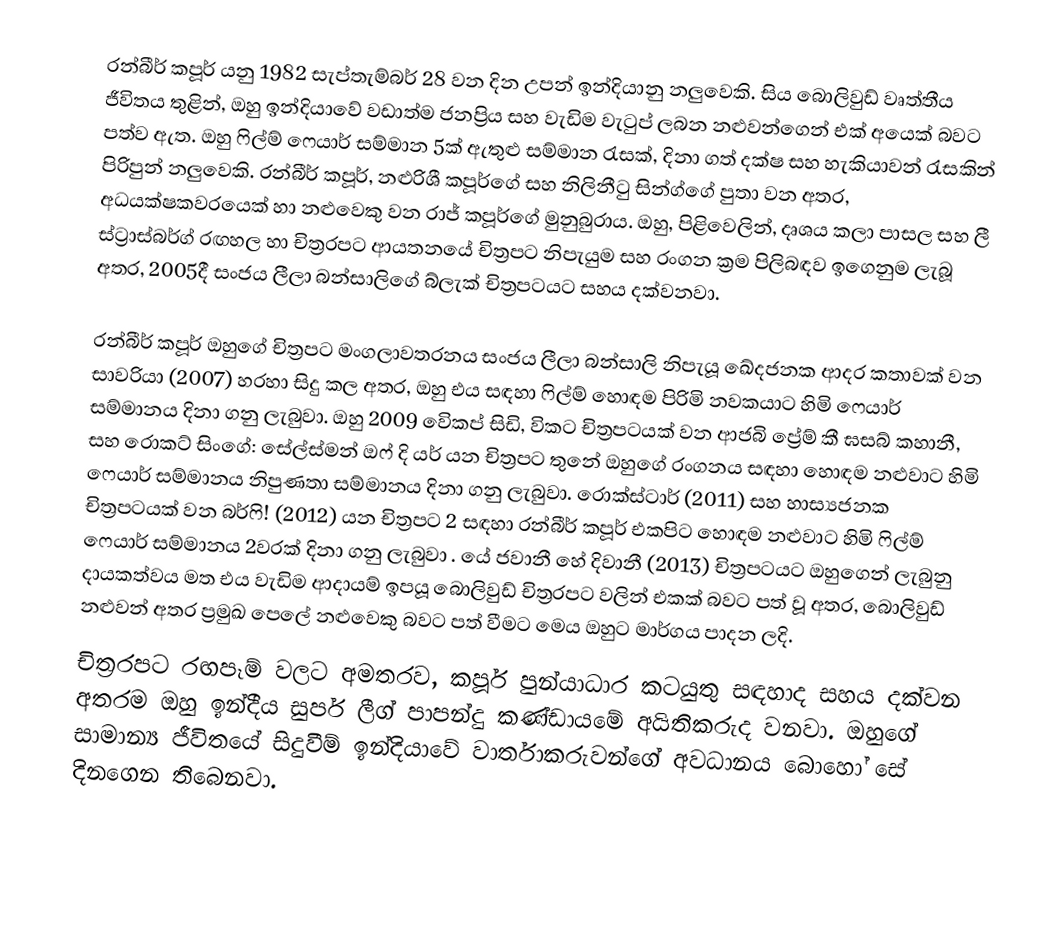
රන්බීර් කපූර් යනු 1982 සැප්තැම්බර් 28 වන දින උපන්  ඉන්දියානු නලුවෙකි. සිය බොලිවුඩ්   වෘත්තීය ජීවිතය තුළින්, ඔහු ඉන්දියාවේ වඩාත්ම ජනප්‍රිය සහ වැඩිම වැටුප් ලබන නළුවන්ගෙන් එක් අයෙක් බවට පත්ව ඇත.  ඔහු ෆිල්ම් ෆෙයාර් සම්මාන 5ක් ඇතුළු සම්මාන රැසක්, දිනා ගත් දක්ෂ සහ හැකියාවන් රැසකින් පිරිපුන් නලුවෙකි. රන්බීර් කපූර්, නළුරිශී කපූර්ගේ සහ නිලිනීටු  සින්ග්ගේ පුතා වන අතර, අධයක්ෂකවරයෙක් හා නළුවෙකු වන රාජ් කපූර්ගේ මුනුබුරාය. ඔහු, පිළිවෙලින්, දෘශය කලා පාසල සහ ලී ස්ට්‍රාස්බර්ග් රඟහල හා චිත්‍රරපට ආයතනයේ චිත්‍රපට නිපැයුම සහ රංගන ක්‍රම පිලිබඳව ඉගෙනුම ලැබූ අතර,  2005දී සංජය ලීලා බන්සාලිගේ  බ්ලැක්  චිත්‍රපටයට සහය දක්වනවා.

රන්බීර් කපූර් ඔහුගේ චිත්‍රපට මංගලාවතරනය සංජය ලීලා බන්සාලි නිපැයූ ඛේදජනක ආදර කතාවක් වන සාවරියා (2007) හරහා සිදු කල අතර, ඔහු එය සඳහා ෆිල්ම් හොඳම පිරිමි නවකයාට හිමි ෆෙයාර් සම්මානය දිනා ගනු ලැබුවා. ඔහු  2009 වෙිකප් සිඩි, විකට චිත්‍රපටයක් වන ආජබි ප්‍රේම් කී ඝසබ් කහානී, සහ රොකට් සිංගේ: සේල්ස්මන් ඔෆ් දි යර් යන චිත්‍රපට තුනේ ඔහුගේ රංගනය සඳහා හොඳම නළුවාට හිමි ෆෙයාර් සම්මානය නිපුණතා සම්මානය දිනා ගනු ලැබුවා. රොක්ස්ටාර් (2011) සහ හාස්‍යජනක චිත්‍රපටයක් වන බර්ෆි! (2012) යන චිත්‍රපට 2 සඳහා රන්බීර් කපූර් එකපිට හොඳම නළුවාට හිමි ෆිල්ම් ෆෙයාර් සම්මානය 2වරක් දිනා ගනු ලැබුවා . යේ ජවානී හේ දිවානී (2013) චිත්‍රපටයට ඔහුගෙන් ලැබුනු දායකත්වය මත එය  වැඩිම ආදායම් ඉපයූ බොලිවුඩ් චිත්‍රරපට වලින් එකක් බවට පත් වූ අතර, බොලිවුඩ් නළුවන් අතර ප්‍රමුඛ පෙලේ නළුවෙකු බවට පත් වීමට මෙය ඔහුට මාර්ගය පාදන ලදි.
චිත්‍රරපට රඟපෑම් වලට අමතරව, කපූර්  පුන්යාධාර  කටයුතු සඳහාද සහය දක්වන අතරම  ඔහු ඉන්දීය සුපර් ලීග් පාපන්දු කණ්ඩායමේ අයිතිකරුද වනවා.  ඔහුගේ සාමාන්‍ය ජීවිතයේ සිදුවීම් ඉන්දියාවේ වාර්තාකරුවන්ගේ අවධානය බොහෝ සේ දිනගෙන තිබෙනවා.